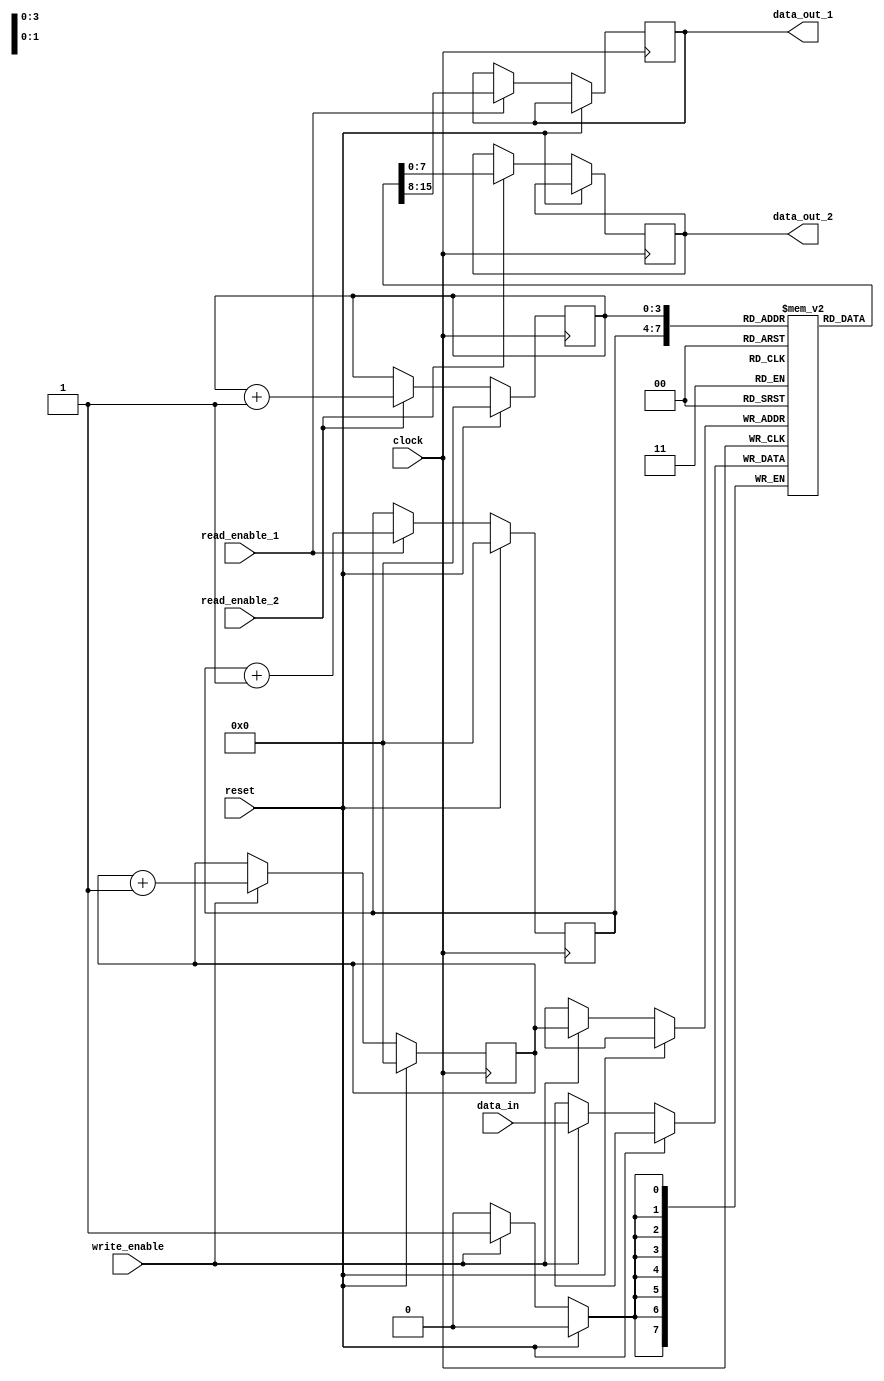
module dual_port_fifo (
    input wire clock,
    input wire reset,
    input wire write_enable,
    input wire read_enable_1,
    input wire read_enable_2,
    input wire [7:0] data_in,
    output wire [7:0] data_out_1,
    output wire [7:0] data_out_2
);

reg [7:0] mem [0:15];
reg [3:0] write_pointer;
reg [3:0] read_pointer_1;
reg [3:0] read_pointer_2;

always @(posedge clock) begin
    if (reset) begin
        write_pointer <= 4'h0;
        read_pointer_1 <= 4'h0;
        read_pointer_2 <= 4'h0;
    end else begin
        if (write_enable) begin
            mem[write_pointer] <= data_in;
            write_pointer <= write_pointer + 1;
        end
        
        if (read_enable_1) begin
            data_out_1 <= mem[read_pointer_1];
            read_pointer_1 <= read_pointer_1 + 1;
        end
        
        if (read_enable_2) begin
            data_out_2 <= mem[read_pointer_2];
            read_pointer_2 <= read_pointer_2 + 1;
        end
    end
end

endmodule